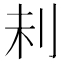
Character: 𠛐